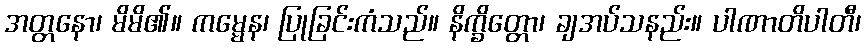
အတ္တနော၊ မိမိ၏။ ကမ္မေန၊ ပြုခြင်းကံသည်။ နိက္ခိတ္တော၊ ချအပ်သနည်း။ ပါဏာတိပါတီ၊